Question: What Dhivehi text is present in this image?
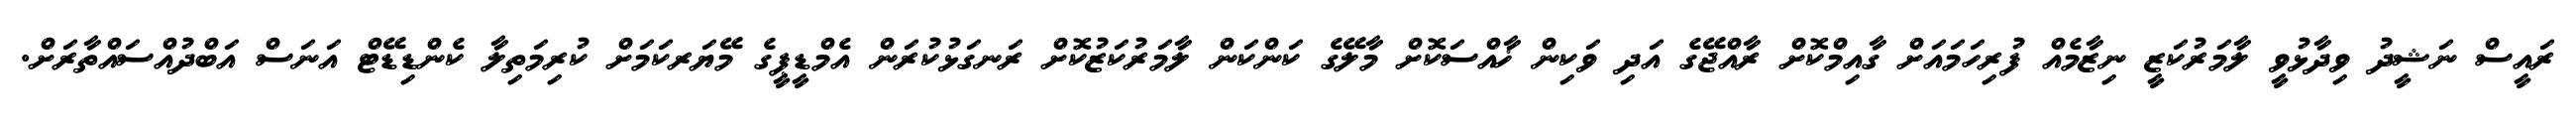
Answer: ރައީސް ނަޝީދު ވިދާޅުވީ ލާމަރުކަޒީ ނިޒާމެއް ފުރިހަމައަށް ގާއިމްކޮށް ރާއްޖޭގެ އަދި ވަކިން ޚާއްސަކޮށް މާލޭގެ ކަންކަން ލާމަރުކަޒުކޮށް ރަނގަޅުކުރަން އެމްޑީޕީގެ މޭޔަރކަމަށް ކުރިމަތިލާ ކެންޑިޑޭޓް އަނަސް އަބްދުއްސައްތާރަށް.